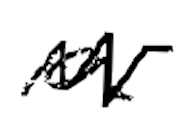
Text: a
Cross-out: mix
Writing tool: digital_black